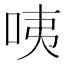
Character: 咦